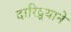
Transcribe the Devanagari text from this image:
दारिद्र्याने